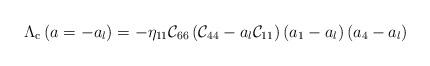
LaTeX: \begin{align*}\Lambda_{\rm c}\left(a=-a_l\right)=-\eta_{11}{\cal C}_{66}\left({\cal C}_{44}-a_l{\cal C}_{11}\right)\left(a_1-a_l\right)\left(a_4-a_l\right)\end{align*}